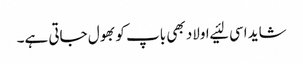
شاید اسی لئیے اولاد بھی باپ کو بھول جاتی ہے۔